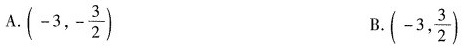
A. (-3,- \frac{3}{2}) B. (-3, \frac{3}{2})